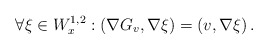
\begin{align*} \forall \xi \in W^{1,2}_x: \left( \nabla G_v, \nabla \xi \right) = \left(v, \nabla \xi \right).\end{align*}